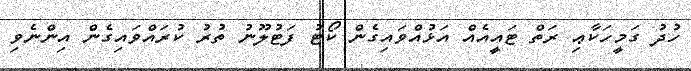
ހުދު ގަމީހަކާޢި ރަތް ޓައީއެއް އަޅުއްވައިގެން ކޯޓު ފަޓުލޫނު ތުރު ކުރައްވައިގެން އިންނެވި